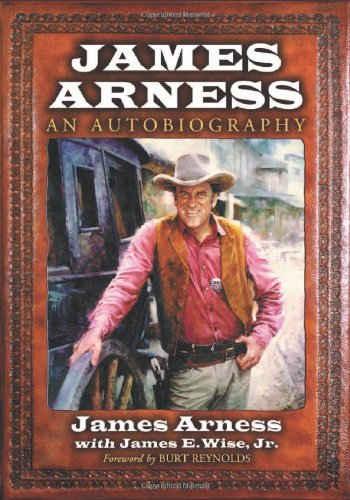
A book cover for James Arness: An Autobiography; James Arness; Humor & Entertainment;